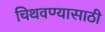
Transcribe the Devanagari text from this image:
चिथवण्यासाठी